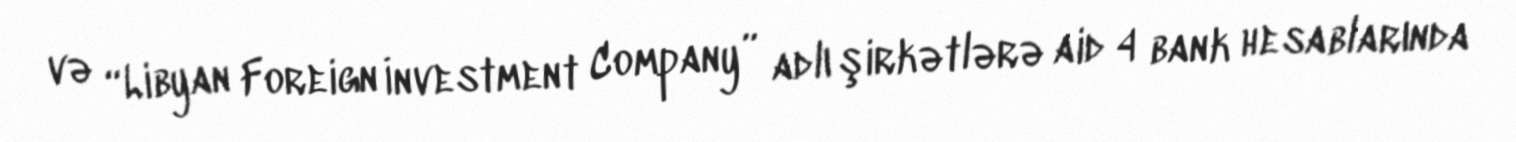
və “Libyan Foreign İnvestment Company” adlı şirkətlərə aid 4 bank hesablarında